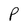
Character: P